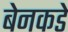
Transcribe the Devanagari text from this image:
बेनकडे